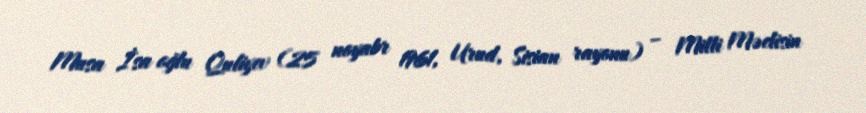
Musa İsa oğlu Quliyev (25 noyabr 1961, Urud, Sisian rayonu) – Milli Məclisin